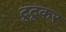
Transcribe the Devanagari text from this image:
टूटूकर